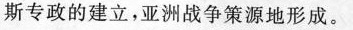
斯专政的建立，亚洲战争策源地形成。